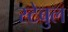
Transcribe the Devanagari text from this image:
स्टेबुल